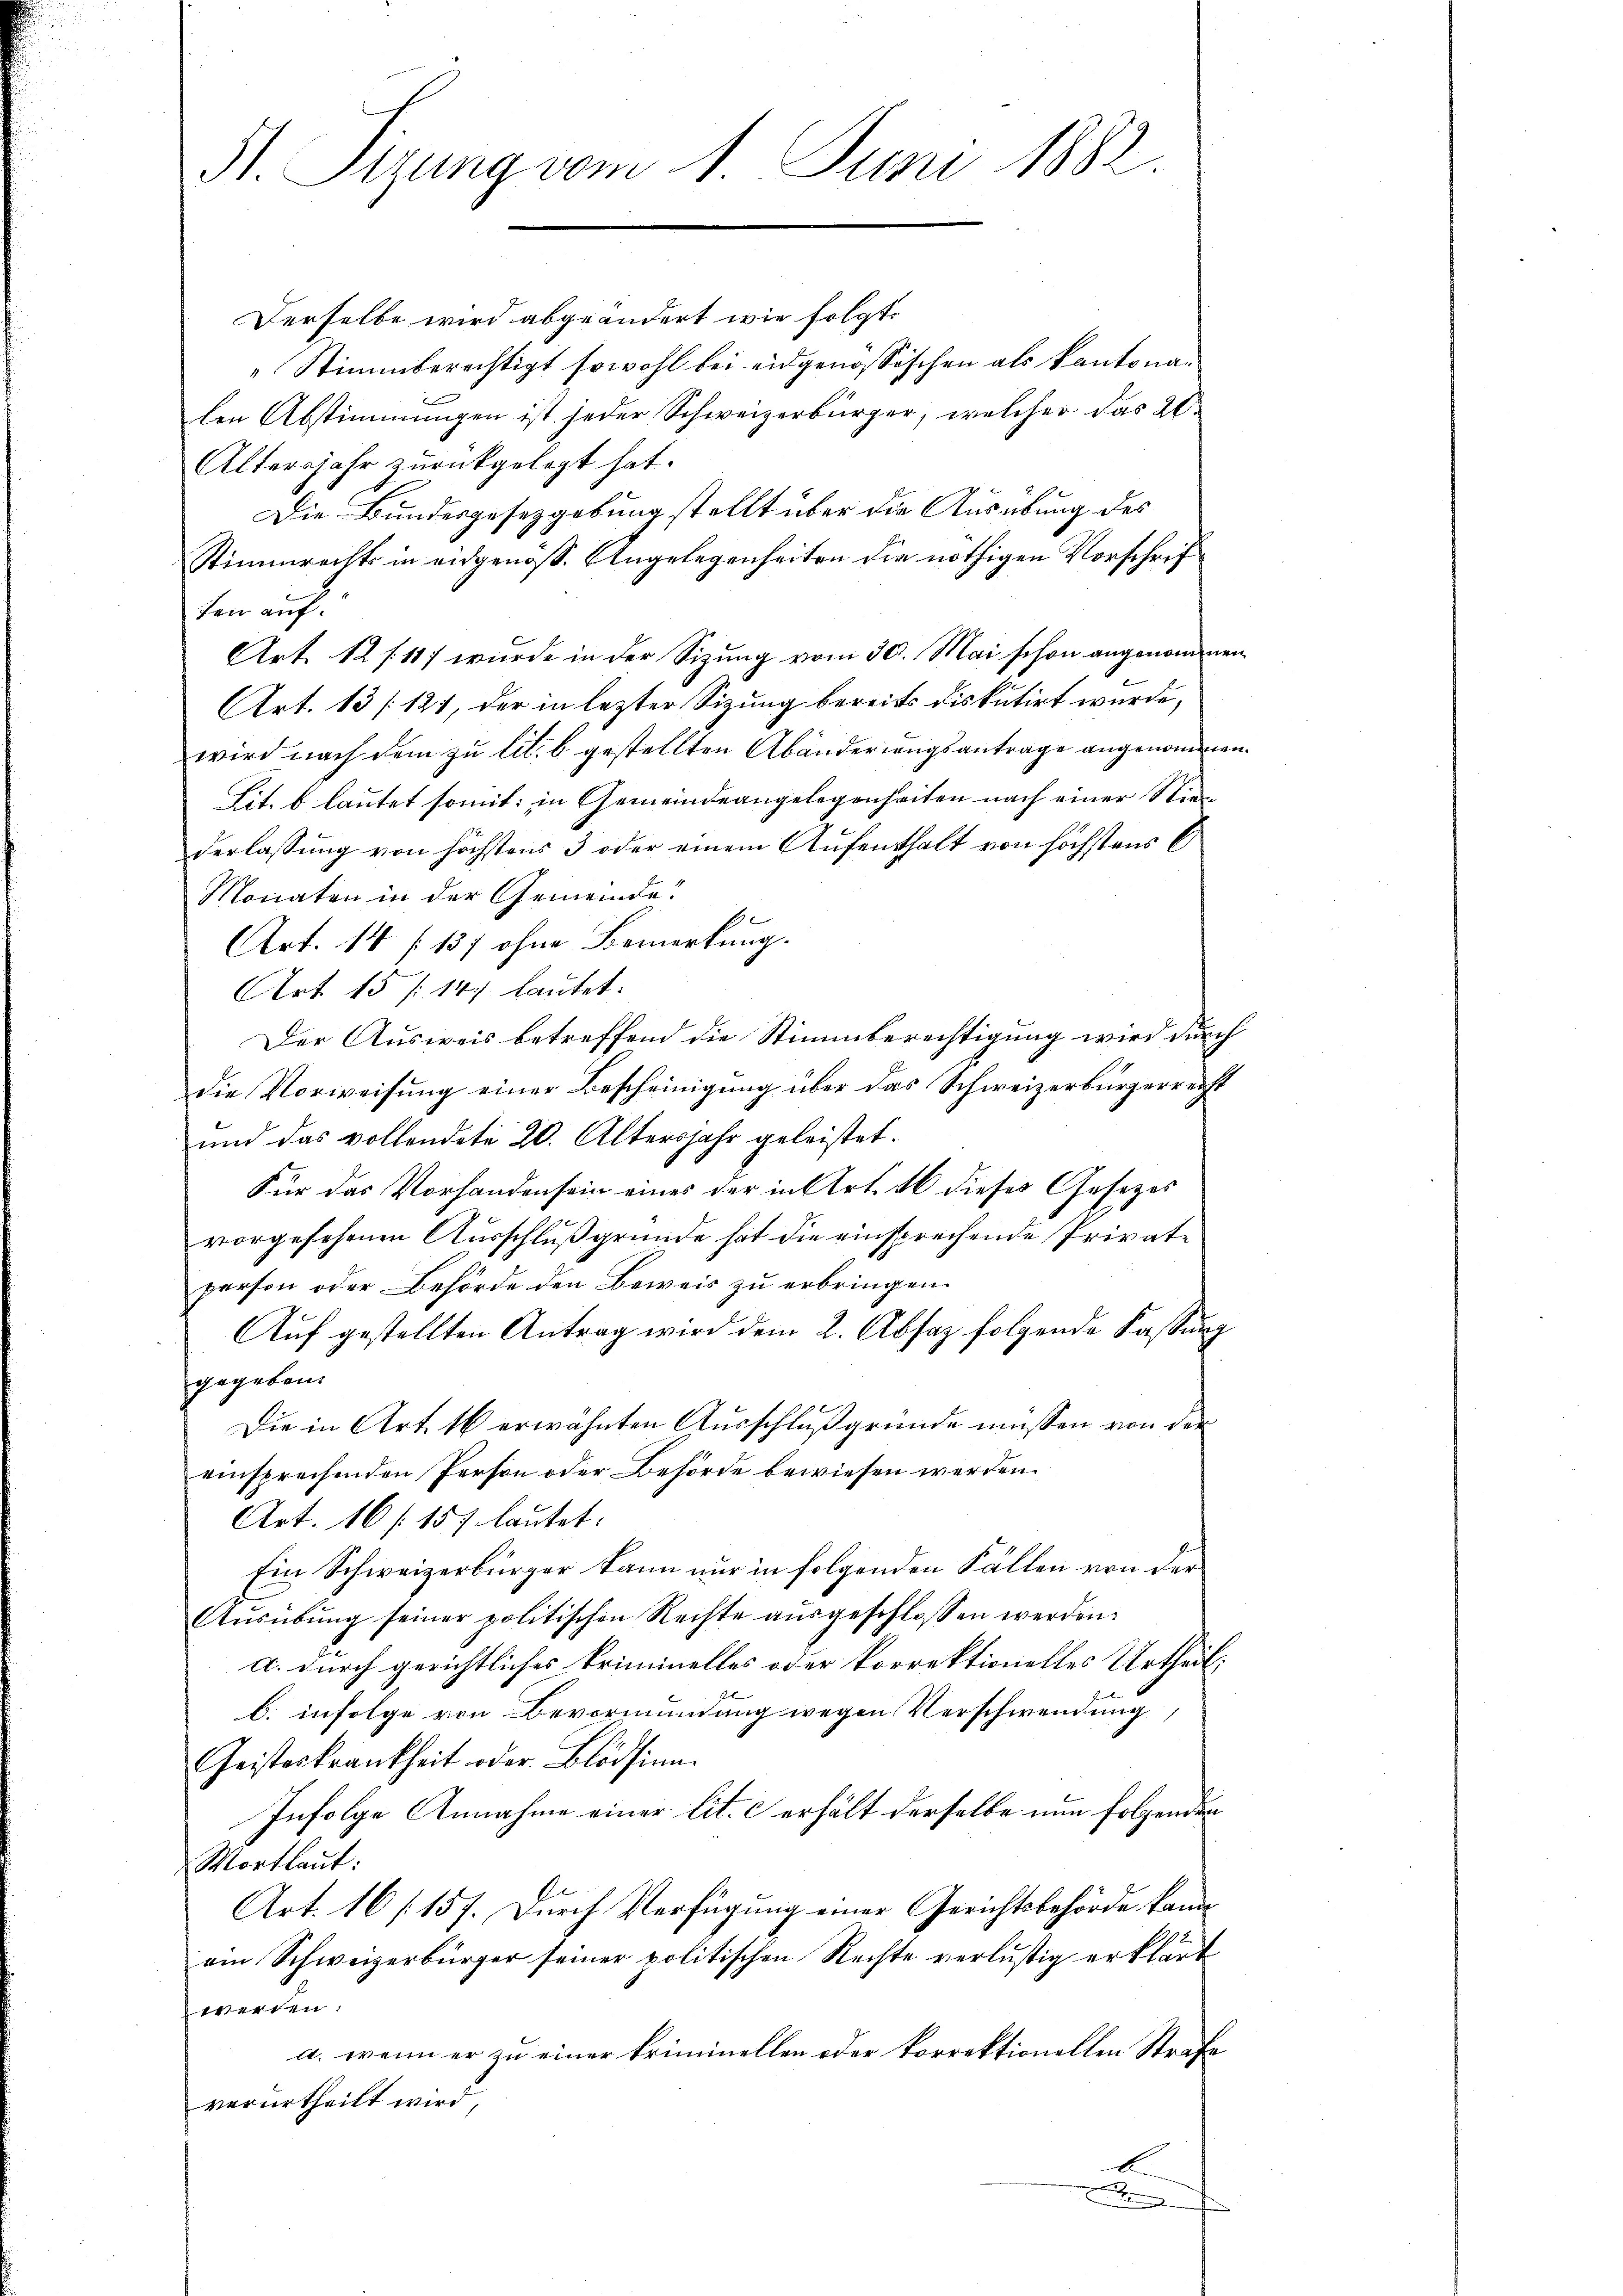
St. Sizung vom 1. Juni 1882.

Derselbe wird abgeändert wie folgt.
Stimmberechtigt sowohl bei eidgenössischen als Kantonalen Abstimmungen ist jeder Schweizerbürger, welcher das 20.
Altersjahr zurückgelegt hat.
Die Bundesgesetzgebung stellt über die Ausübung des
Stimmrechts in eidgenoss. Angelegenheiten die nöthigen Vorschriften auf
Art. 12 f. 117 wurde in der Sizung vom 30. Mai schon angenommen
Art. 13 (121, der in lezter Sitzung bereits diskutirt wurde,
wird nach dem zu lit. b gestellten Abänderungsantrage angenommen.
Lit. b lautet somit: in Gemeindeangelegenheiten nach einer Niederlassung von höchstens 3 oder einem Aufenthalt von höchstens C
Monaten in der Gemeinde?
s
Art. 14 (137 ohne Bemerkung.
Art. 15 /14.) lautet:
Der Ausweis betreffend die Stimmberechtigung wird durch
die Vorweisung einer Bescheinigung über das Schweizerbürgerreicht
und das vollendete 20. Altersjahr geleistet.
Für das Vorhanden sein eines der in Art. 46 dieses Gesetzes
vorgesehenen Ausschluß gründe hat die einsprechende Private
person oder Behörde den Beweis zu erbringen.
Auf gestellten Antrag wird dem 2. Absaz folgende Fassung
gegeben.
Die in Art. 16 erwähnten Ausschluß gründe müssen von der
einsprechenden Person oder Behörde bewiesen werden.
Art. 16 f 157 lautet:
Ein Schweizerbürger kann nur in folgenden Fällen von der
Aŭsübŭng seiner politischen Rechte aŭsgeschlossen werden.
a. durch gerichtliches Priminelles oder korrektionelles Urtheil,
b. infolge von Bevormundung wegen Verschwendung,
Geisteskrankheit oder Blödsinn.
Infolge Annahme einer lit. c erhält derselbe nun folgenden
Wortlaut:
Art. 16 (157. Durch Verfügung einer Gerichtsbehörde kann
ein Schweizerbürger seiner politischen Rechte verlustig erklärt
werden:
a. wenn er zu einer kriminellen oder korrektionellen Strafe,
verurtheilt wird,
s
.